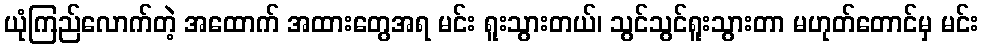
ယုံကြည်လောက်တဲ့ အထောက် အထားတွေအရ မင်း ရူးသွားတယ်၊ သွင်သွင်ရူးသွားတာ မဟုတ်တောင်မှ မင်း